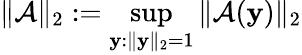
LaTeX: \| \mathcal{A}\| _{2}:=\operatorname*{sup}_{\mathbf{y}:\| \mathbf{y}\| _{2}=1}\| \mathcal{A}(\mathbf{y})\| _{2}